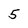
Character: 5